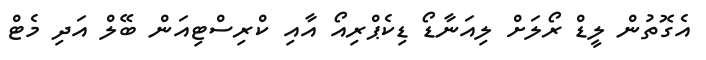
އެގޮތުން ލީޑް ރޯލަށް ލިއަނާޑޯ ޑިކެޕްރިއޯ އާއި ކްރިސްޓިއަން ބޭލް އަދި މެޓް